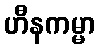
ဟီနကမ္မာ